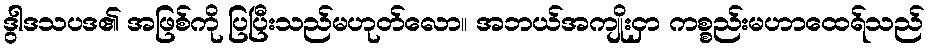
ဒွါဒသပဒ၏ အဖြစ်ကို ပြပြီးသည်မဟုတ်လော။ အဘယ်အကျိုးငှာ ကစ္စည်းမဟာထေရ်သည်